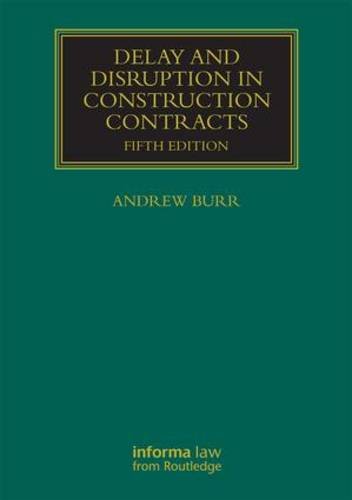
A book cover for Delay and Disruption in Construction Contracts (Construction Practice Series); Law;